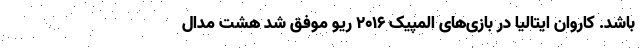
باشد. کاروان ایتالیا در بازی‌های المپیک ۲۰۱۶ ریو موفق شد هشت مدال